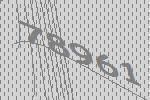
78961